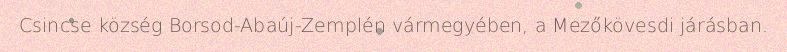
Csincse község Borsod-Abaúj-Zemplén vármegyében, a Mezőkövesdi járásban.